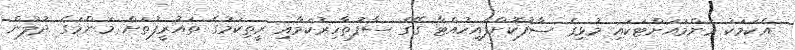
އެކަމަކު މަންމައަށްޓަކައި މުޅިގެ ސާފުކޮށްފައިހުއްޓާ ގޭގެ ސާފުތާހިރުކަމާއި ރީތިކަމުގެ ތައުރީފުތަށް މަންމަގެ ދުލުން